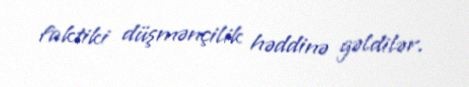
faktiki düşmənçilik həddinə gəldilər.